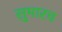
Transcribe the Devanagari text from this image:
सुमारच